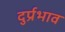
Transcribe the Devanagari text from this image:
दुर्प्रभाव